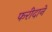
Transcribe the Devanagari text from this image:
फरीदाने